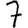
Digit: 7